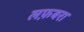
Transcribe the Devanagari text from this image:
लफ़बरा